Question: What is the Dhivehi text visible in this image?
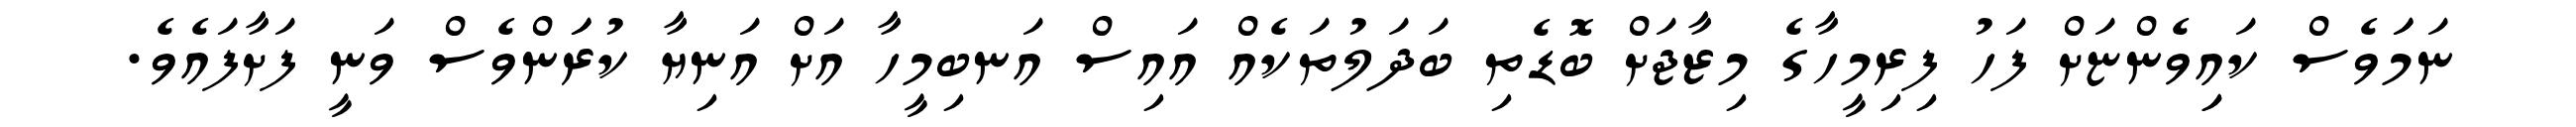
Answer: ނަމަަވެސް ކައިިވެންޏަށް ފަހު ފިރިމީހާގެ މިޒާޖަށް ބޮޑެތި ބަދަލުތަކެއް އައިސް އަނބިމީހާ އަށް އަނިޔާ ކުރަަންވެސް ވަނީ ފަށާފައެވެ.